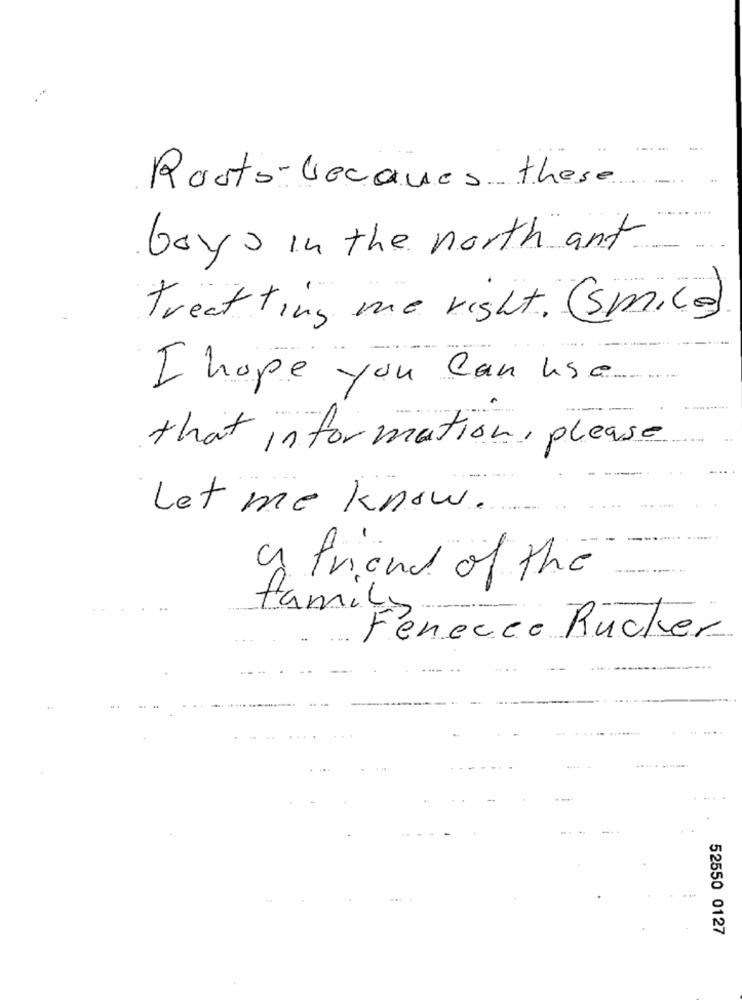
Roots-becaues these
boys in the north ant
treat ting me right. (Smile)
I hope you can use
that information, please
Let me know.
a friend of the
family
Fenecco Rucher
52550 0127